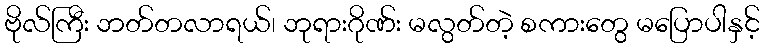
ဗိုလ်ကြီး ဘတ်တလာရယ်၊ ဘုရားဂိုဏ်း မလွတ်တဲ့ စကားတွေ မပြောပါနှင့်